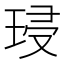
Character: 𭹔